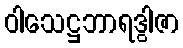
ဝါသေဋ္ဌဘာရဒွါဇာ